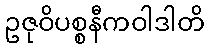
ဥဇုဝိပစ္စနီကဝါဒါတိ